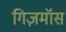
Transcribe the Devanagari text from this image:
गिज़मॉस